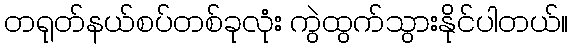
တရုတ်နယ်စပ်တစ်ခုလုံး ကွဲထွက်သွားနိုင်ပါတယ်။